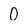
Character: 0